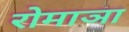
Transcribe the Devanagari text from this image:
रोमाञा